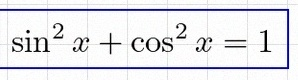
\sin^2x+\cos^2x=1